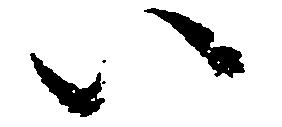
い